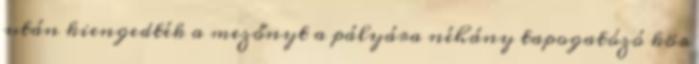
után kiengedték a mezőnyt a pályára néhány tapogatózó kör